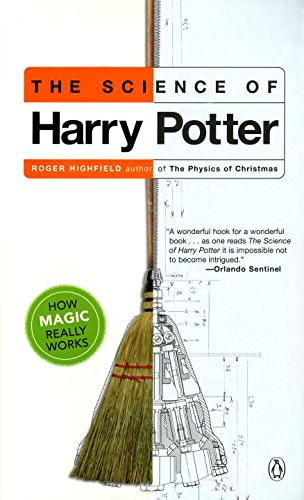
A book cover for The Science of Harry Potter: How Magic Really Works; Roger Highfield; Science Fiction & Fantasy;